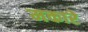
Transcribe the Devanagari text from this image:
मकारे